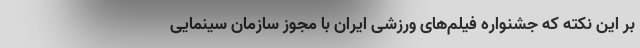
بر این نکته که جشنواره فیلم‌های ورزشی ایران با مجوز سازمان سینمایی